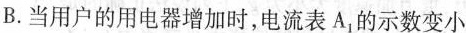
B.当用户的用电器增加时，电流表A1的示数变小